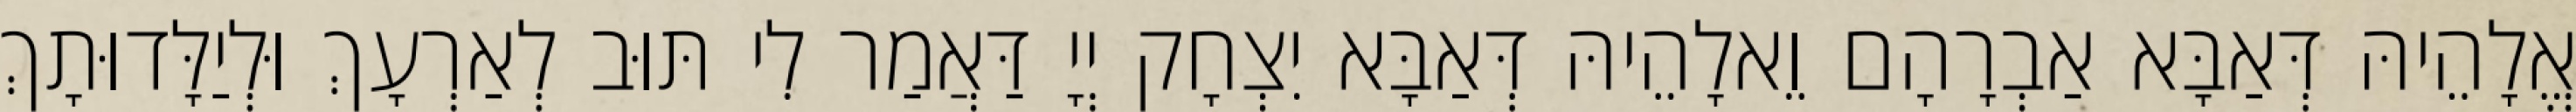
אֱלָהֵיהּ דְּאַבָּא אַבְרָהָם וֵאלָהֵיהּ דְּאַבָּא יִצְחָק יְיָ דַּאֲמַר לִי תּוּב לְאַרְעָךְ וּלְיַלָּדוּתָךְ